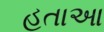
હતાઆ